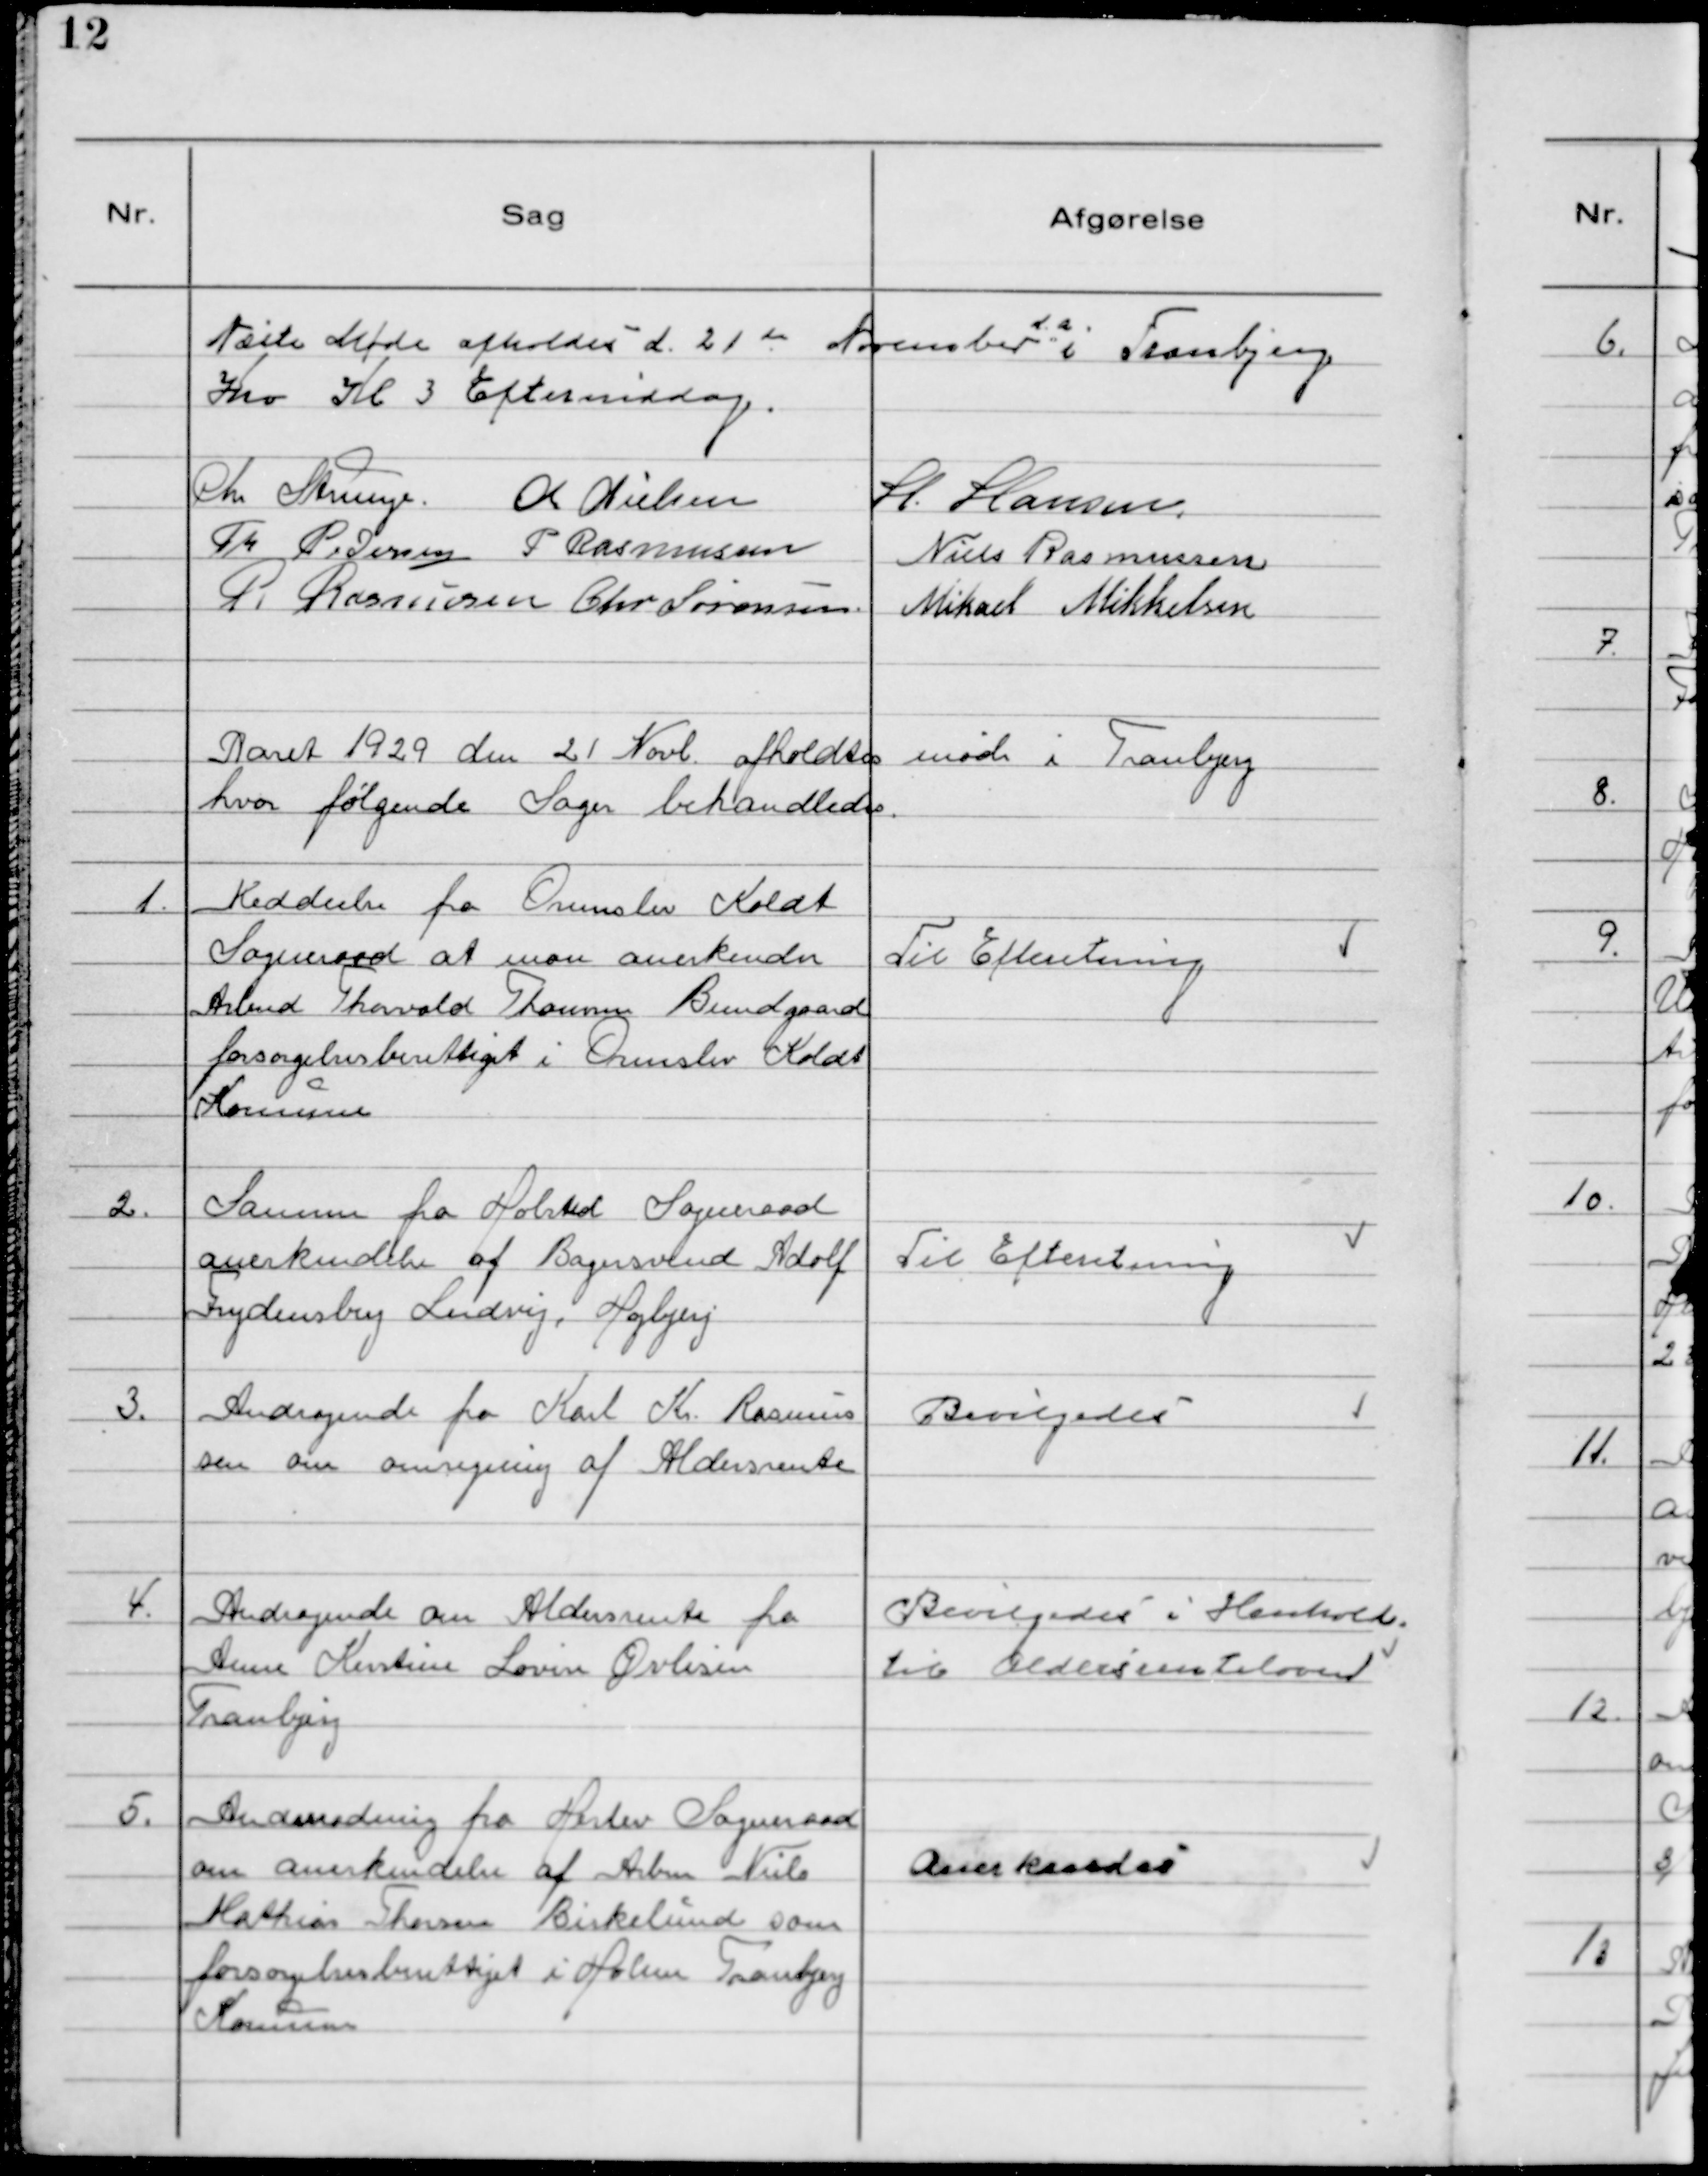
Transskription:
Næste Møde afholdes d. 21 de November d.a. i Tranbjerg
Kro Kl 3 Eftermiddag.
Chr Strunge. K Nielsen H. Hansen.
Th Pedersen P. Rasmussen Niels Rasmussen
R Rasmussen Chr Sørensen. Mikael Mikkelsen.

Aaret 1929 den 21 Novb. afholdtes møde i Tranbjerg
hvor følgende Sager behandledes.

1. Meddeelse fra Ormslev Koldt
Sogneraad at man anerkender
Arbmd Thorvald Thomas Bundgaard
forsorgelsesberettiget i Ormslev Koldt
Kommune

Til Efterretning

2. Samme fra Holsted Sogneraad
anerkendelse af Bagersvend Adolf
Frydensberg Lindvej, Hojbjerg

Til Efterretning

3. Andragende fra Karl Kr. Rasmus
sen om omregning af Aldersrente

Bevilgedes

4. Andragende om Aldersrente fra
Anne Kirstine Lovise Øvlisen
Tranbjerg

Bevilgedes i Henhold.
til Aldersrenteloven

5. Anmodning fra Herlev Sogneraad
om anerkendelse af Arbmd Niels
Mathias Thorsen Birkelund som
forsorgelsesberettiget i Holme Tranbjerg
Kommune

Anerkendes